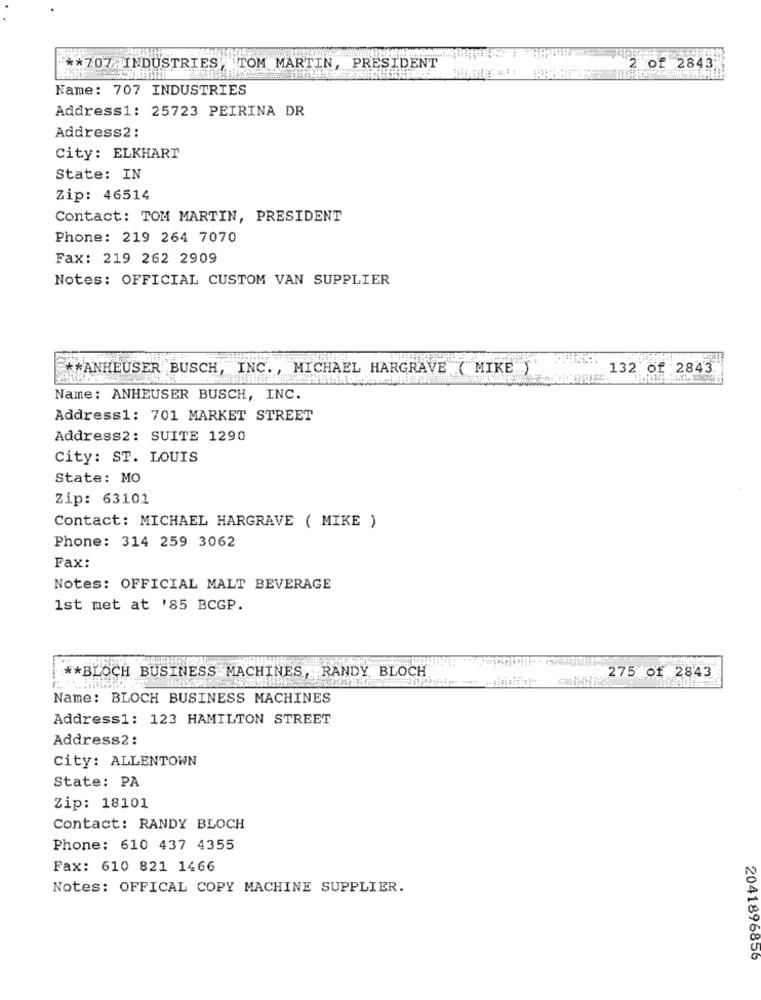
** 707. INDUSTRIES, TOM MARTIN, PRESIDENT
2 of 2843
Name: 707 INDUSTRIES
Address1: 25723 PEIRINA DR
Address2 :
City: ELKHART
State: IN
Zip: 46514
Contact: TOM MARTIN, PRESIDENT
Phone: 219 264 7070
Fax: 219 262 2909
Notes: OFFICIAL CUSTOM VAN SUPPLIER
** ANHEUSER BUSCH, INC. , MICHAEL HARGRAVE ( MIKE )
132 of 2843
Name: ANHEUSER BUSCH, INC.
Address1: 701 MARKET STREET
Address2: SUITE 1290
City: ST. LOUIS
State: MO
Zip: 63101
Contact: MICHAEL HARGRAVE ( MIKE )
Phone: 314 259 3062
Fax:
Notes: OFFICIAL MALT BEVERAGE
1st met at '85 BCGP.
** BLOCH BUSINESS MACHINES, RANDY BLOCH
275 Of 2843
Name: BLOCH BUSINESS MACHINES
Address1: 123 HAMILTON STREET
Address2 :
City: ALLENTOWN
State: PA
Zip: 18101
Contact: RANDY BLOCH
Phone: 610 437 4355
Fax: 610 821 1466
Notes: OFFICAL COPY MACHINE SUPPLIER.
2041896856